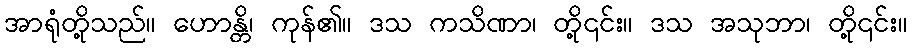
အာရုံတို့သည်။ ဟောန္တိ၊ ကုန်၏။ ဒသ ကသိဏာ၊ တို့၎င်း။ ဒသ အသုဘာ၊ တို့၎င်း။